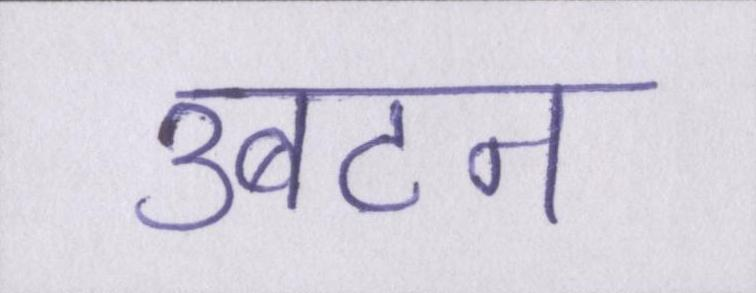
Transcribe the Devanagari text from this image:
उबटन